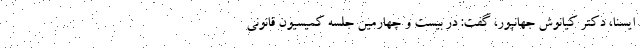
ایسنا، دکتر کیانوش جهانپور، گفت: در بیست و چهارمین جلسه کمیسیون قانونی